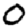
Digit: 0